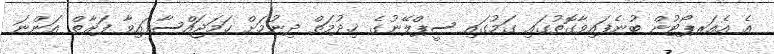
އެ އެއަރޕޯޓުން ބުނެފައިވާގޮތުގައި ގަމުގައި ސީޕްލޭނުގެ ޚިދުމަތް ދިނުމަށް ހަމަޖައްސާފައިވާ ފަރާތް އަންނަ